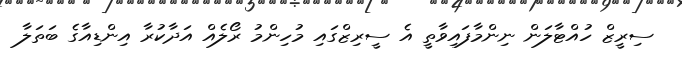
ސިރީޒް ހުއްޓާލަން ނިންމާފައިވާތީ އެ ސީރިޒްގައި މުހިންމު ރޯލެއް އަދާކުރާ އިންޑިއާގެ ބަތަލާ